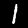
Digit: 1